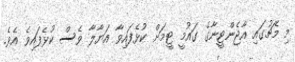
މި މެޗުގައި އާޖެންޓީނާގެ ގައުމީ ޓީމަށް ކުޅެފައިވާ އަޔާލާ ވެސް ކުޅެފައިވެ އެވެ.